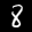
Label: 8